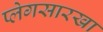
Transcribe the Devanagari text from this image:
प्लेगसारखा